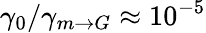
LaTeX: \gamma_{0}/\gamma_{m\rightarrow G}\approx 10^{-5}